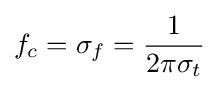
f_{c}=\sigma _{f}={\frac {1}{2\pi \sigma _{t}}}